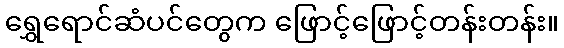
ရွှေရောင်ဆံပင်တွေက ဖြောင့်ဖြောင့်တန်းတန်း။